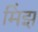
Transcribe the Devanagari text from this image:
मिंझ